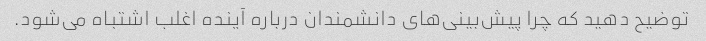
توضیح دهید که چرا پیش‌بینی‌های دانشمندان درباره آینده اغلب اشتباه می‌شود.